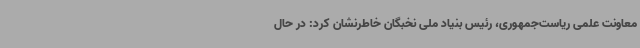
معاونت علمی ریاست‌جمهوری، رئیس بنیاد ملی نخبگان خاطرنشان کرد: در حال